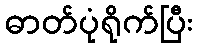
ဓာတ်ပုံရိုက်ပြီး